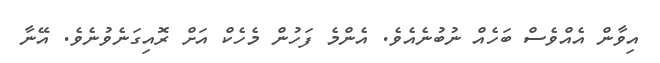
އިވާން އެއްވެސް ބަހެއް ނުބުނެއެވެ. އެންމެ ފަހުން މެހެކް އަށް ރޮއިގަނެވުނެވެ. އޭނާ